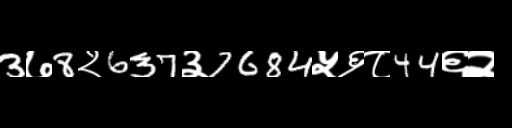
Text: 3७8२637३7684५६८44६२